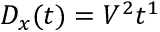
D _ { x } ( t ) = V ^ { 2 } t ^ { 1 }